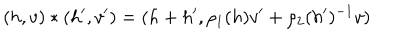
LaTeX: ( h , v ) \ast ( h ^ { \prime } , v ^ { \prime } ) = ( h + h ^ { \prime } , \rho _ { 1 } ( h ) v ^ { \prime } + \rho _ { 2 } ( h ^ { \prime } ) ^ { - 1 } v )